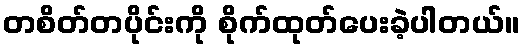
တစိတ်တပိုင်းကို စိုက်ထုတ်ပေးခဲ့ပါတယ်။